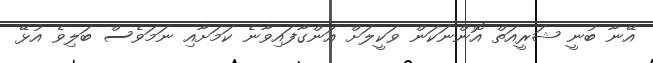
އޭނާ ބުނީ ޝަރީއަތް އޮންނަކަން ވަކީލަށް އަންގާފައިވާނެ ކަމަށާއި ނަމަވެސް ބަލިވެ އުޅޭ